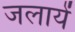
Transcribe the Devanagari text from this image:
जलायें